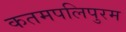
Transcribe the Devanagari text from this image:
कतमपलिपुरम